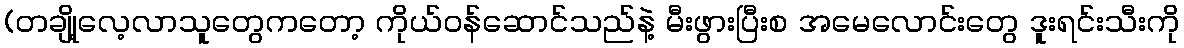
(တချို့လေ့လာသူတွေကတော့ ကိုယ်ဝန်ဆောင်သည်နဲ့ မီးဖွားပြီးစ အမေလောင်းတွေ ဒူးရင်းသီးကို